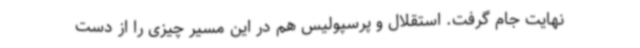
نهایت جام گرفت. استقلال و پرسپولیس هم در این مسیر چیزی را از دست